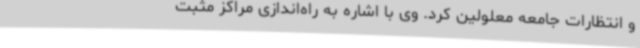
و انتظارات جامعه معلولین کرد. وی با اشاره به راه‌اندازی مراکز مثبت